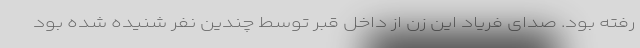
رفته بود. صدای فریاد این زن از داخل قبر توسط چندین نفر شنیده شده بود